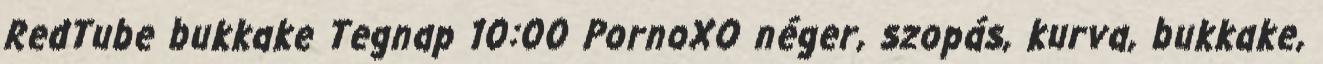
RedTube bukkake Tegnap 10:00 PornoXO néger, szopás, kurva, bukkake,